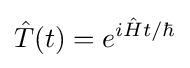
{\hat {T}}(t)=e^{i{\hat {H}}t/\hbar }